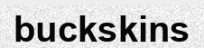
buckskins